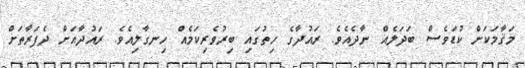
މަޤާމަކަށް ކުޑަވެސް ބަދަލެއް ނާދެއެވެ. ރައުދާގެ ހިތުގައި ބިރުވެރިކަމެއް ހިނގާލިއެވެ. ރައުދާއަށް ދެފަރާތަށް